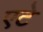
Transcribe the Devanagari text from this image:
एटे